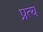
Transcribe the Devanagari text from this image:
प्रत्य